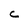
Character: C